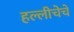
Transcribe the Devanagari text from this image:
हल्लीचेचे